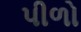
પીળો